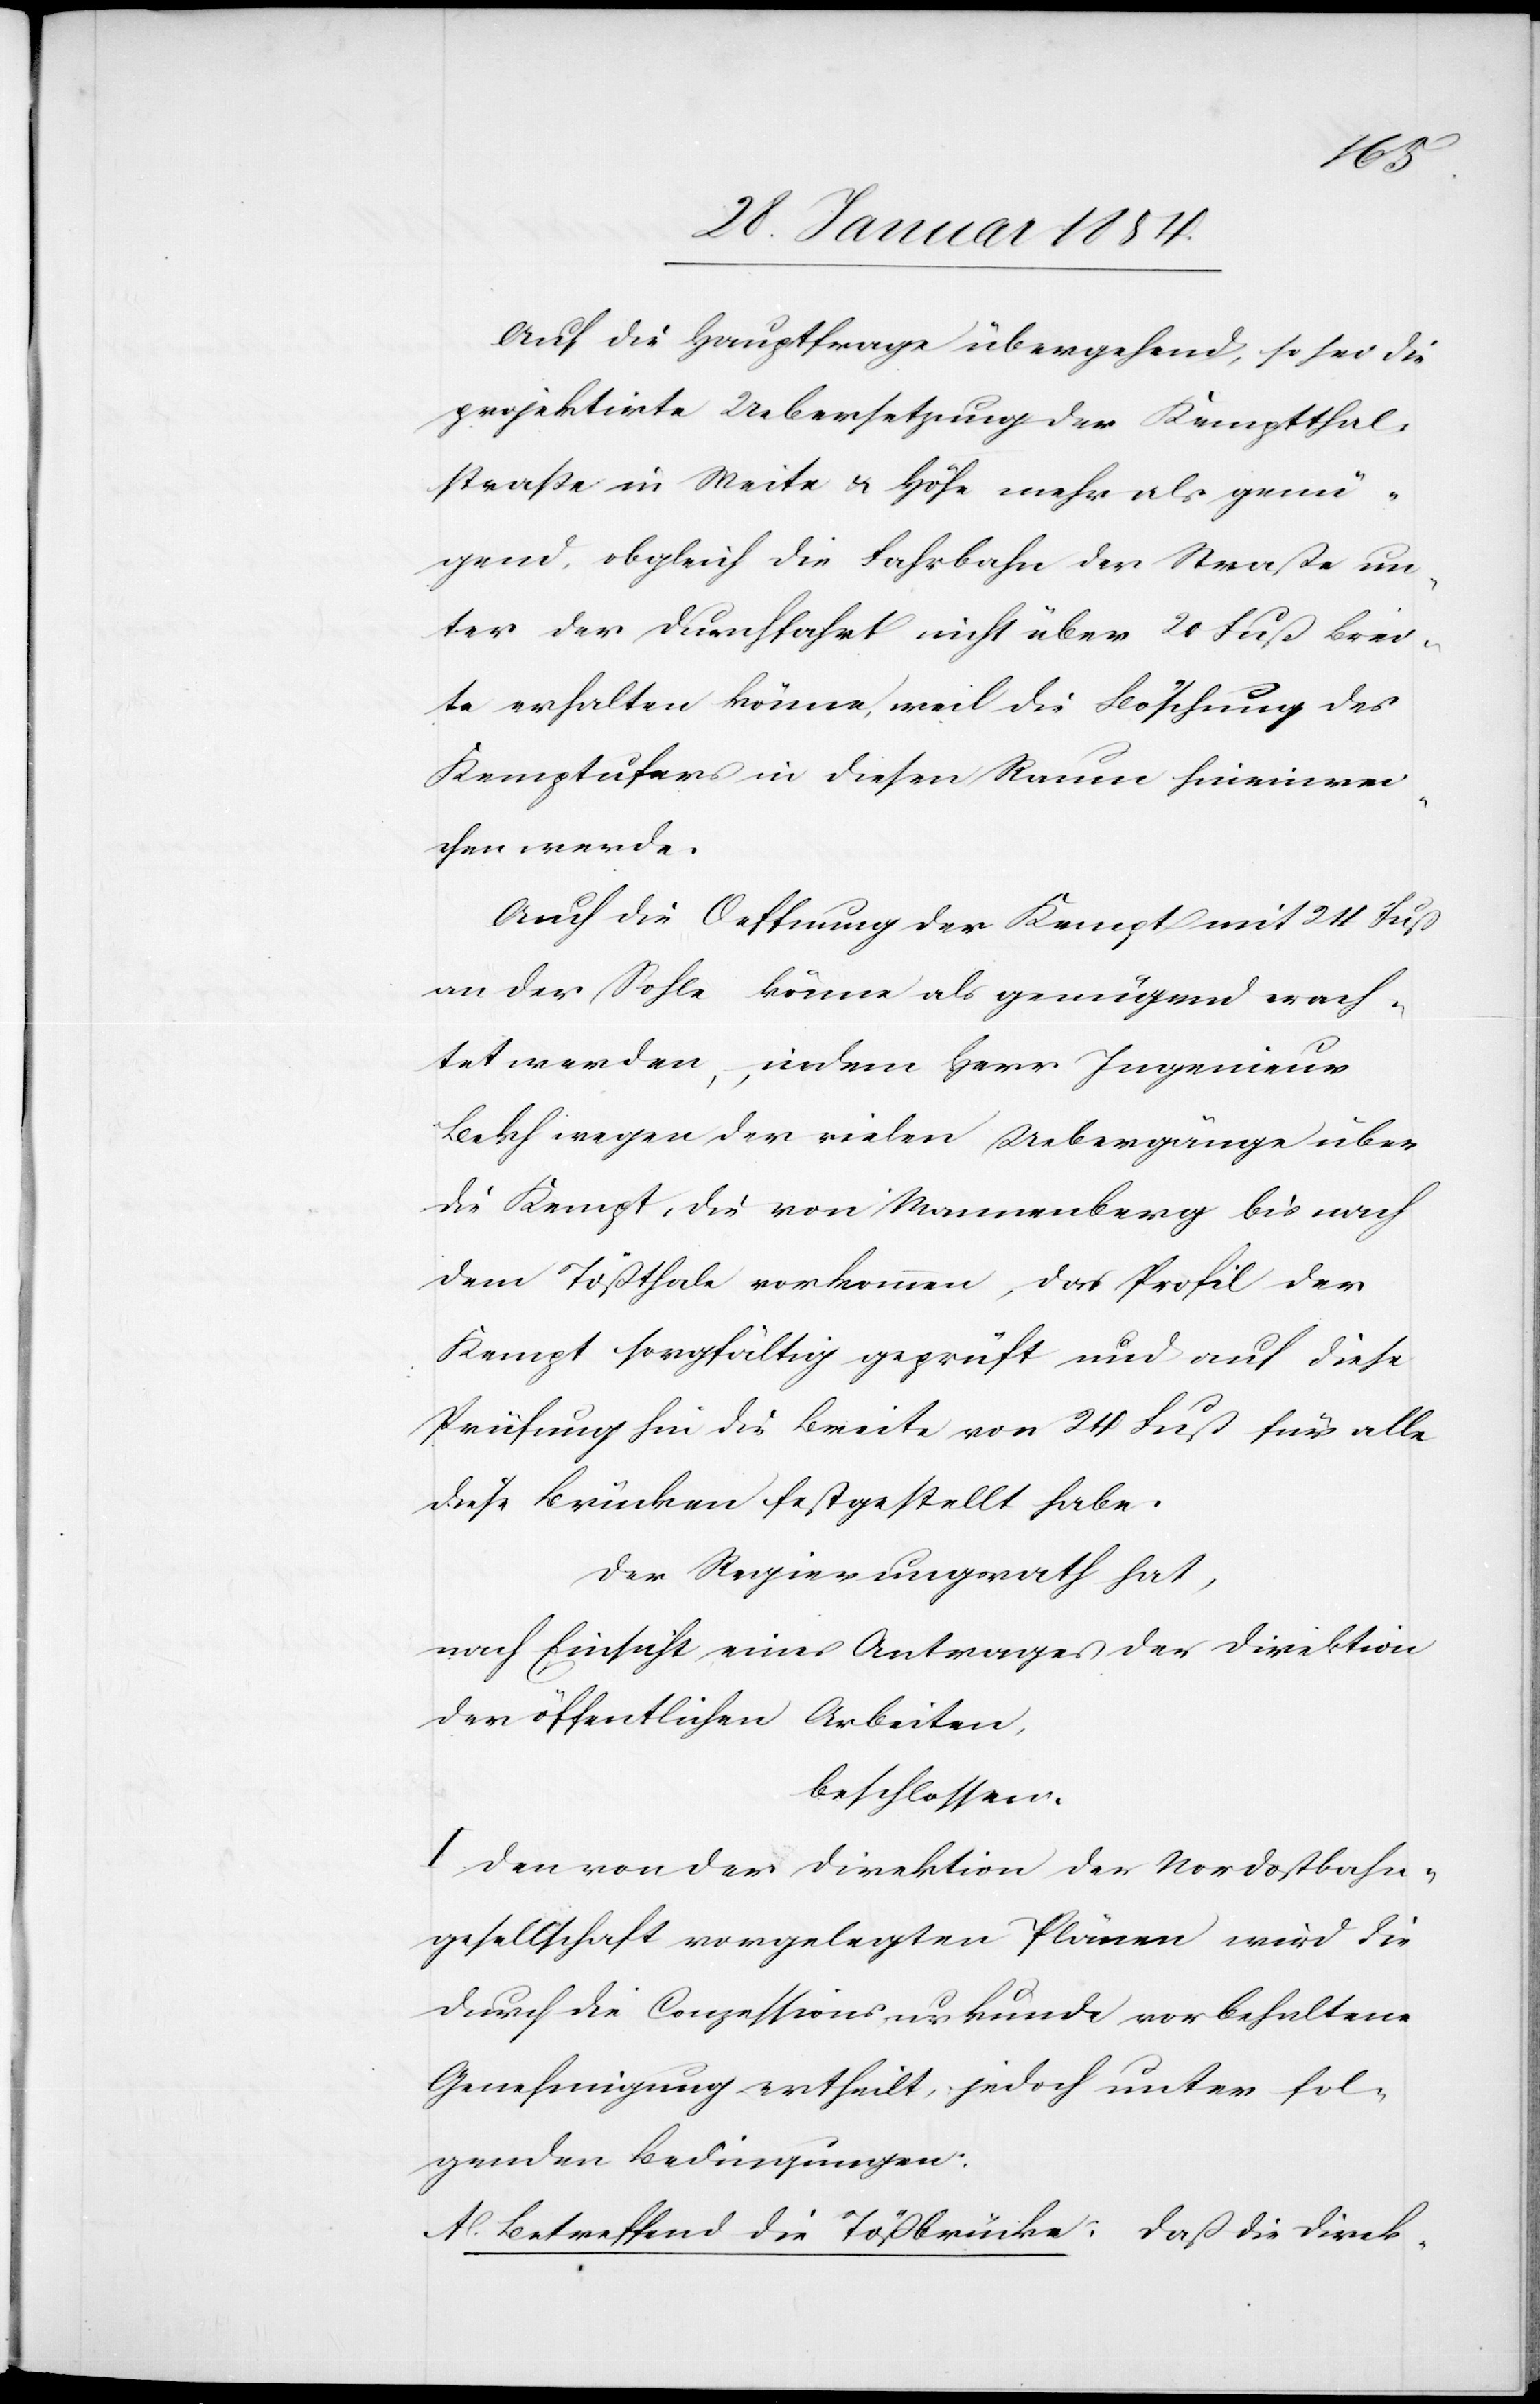
Auf die Hauptfrage übergehend, so sei die
projektirte Uebersetzung der Kemptthal¬
straße in Weite u. Höhe mehr als genü¬
gend, obgleich die Fahrbahn der Straße un¬
ter der Durchfahrt nicht über 20 Fuß Brei¬
te erhalten könne, weil die Böschung des
Kemptufers in diesen Raum hineinrei¬
chen werde.
Auch die Oeffnung der Kempt mit 24 Fuß
an der Sohle könne als genügend erach¬
tet werden, indem Herr Ingenieur
Bilsch wegen der vielen Uebergänge über
die Kempt, die von Wannenberg bis nach
dem Tößthale vorkommen, das Profil der
Kempt sorgfältig geprüft und auf diese
Prüfung hin die Breite von 24 Fuß für alle
diese Brücken festgestellt habe.
Der Regierungsrath hat,
nach Einsicht eines Antrages der Direktion
der öffentlichen Arbeiten,
beschlossen:
I. Den von der Direktion der Nordostbahn¬
gesellschaft vorgelegten Plänen wird die
durch die Conzessionsurkunde vorbehaltene
Genehmigung ertheilt, jedoch unter fol¬
genden Bedingungen:
A. Betreffend die Tößbrücke: Daß die Direk-